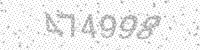
Solution: 474998